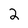
Character: 2